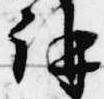
講